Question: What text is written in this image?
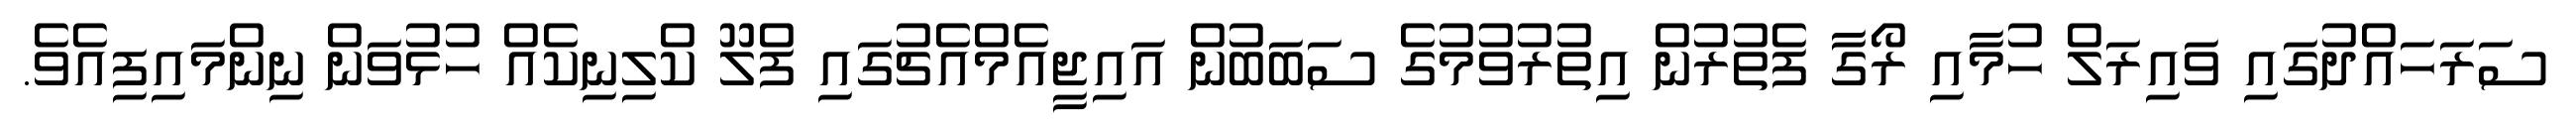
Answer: ސަރަހައްދުގައި ވައިރަލް ހުމާއި ރޯގާ ފެތުރުން އިތުރުވުމުގެ ސަބަބުން އައިޖީއެމްއެޗުގައި ފްލޫ ކްލިނިކެއް ހުޅުވަން ނިންމައިފިއެވެ.